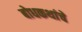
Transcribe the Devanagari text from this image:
बोधकथांचे